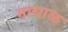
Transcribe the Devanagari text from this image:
माधाळ